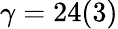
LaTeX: \gamma=24(3)